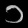
Digit: ၁